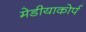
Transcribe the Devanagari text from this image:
मेडीयाकोर्प